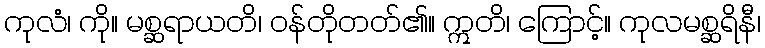
ကုလံ၊ ကို။ မစ္ဆရာယတိ၊ ဝန်တိုတတ်၏။ ဣတိ၊ ကြောင့်။ ကုလမစ္ဆရိနီ၊